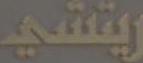
ريتشي